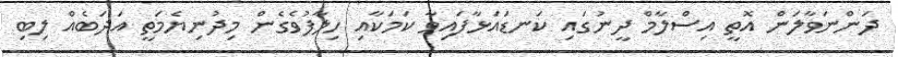
ދަންނަވާލަން އޮތީ އިސްލާމް ދީނުގައި ކަނޑައަޅާފައިވާ ކަމަކާއި ހިލާފުވެގެން މިދުނިޔެމަތީ އަދަބެއް ލިބި